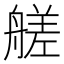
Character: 艖